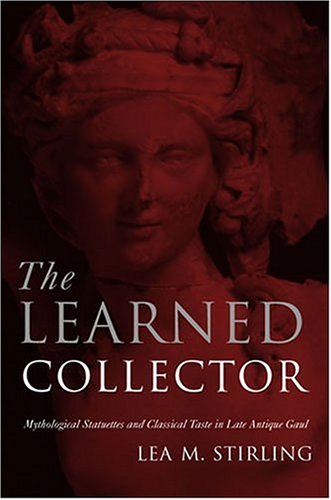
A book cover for The Learned Collector: Mythological Statuettes and Classical Taste in Late Antique Gaul; Lea Stirling; Crafts, Hobbies & Home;